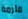
ملزمة